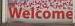
welcome